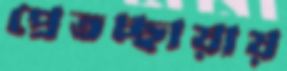
প্রেতচ্ছায়ায়